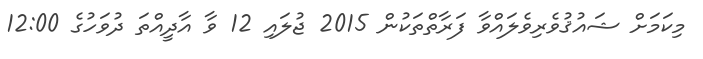
މިކަމަށް ޝައުޤުވެރިވެލައްވާ ފަރާތްތަކުން 2015 ޖުލައި 12 ވާ އާދީއްތަ ދުވަހުގެ 12:00